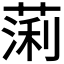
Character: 𫉃